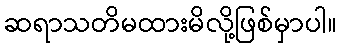
ဆရာသတိမထားမိလို့ဖြစ်မှာပါ။